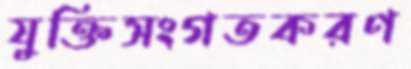
যুক্তিসংগতকরণ